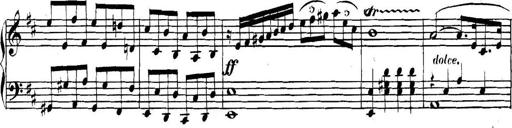
Title: Collected Piano Sonatas
Composer: Muzio Clementi